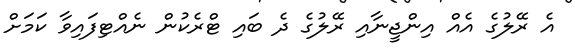
އެ ރޭލުގެ އެއް އިންޖީނާއި ރޭލުގެ ދެ ބައި ޓްރެކުން ނެއްޓިފައިވާ ކަމަށް